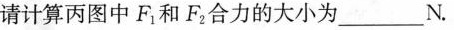
请计算丙图中F_{1} 和F_{2} 合力的大小为___N.